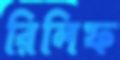
রিলিফ